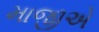
માજીએ